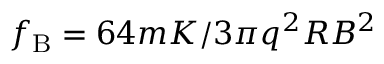
f _ { \mathrm { B } } = 6 4 m K / 3 \pi q ^ { 2 } R B ^ { 2 }